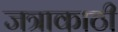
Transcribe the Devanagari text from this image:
जत्राकाठी